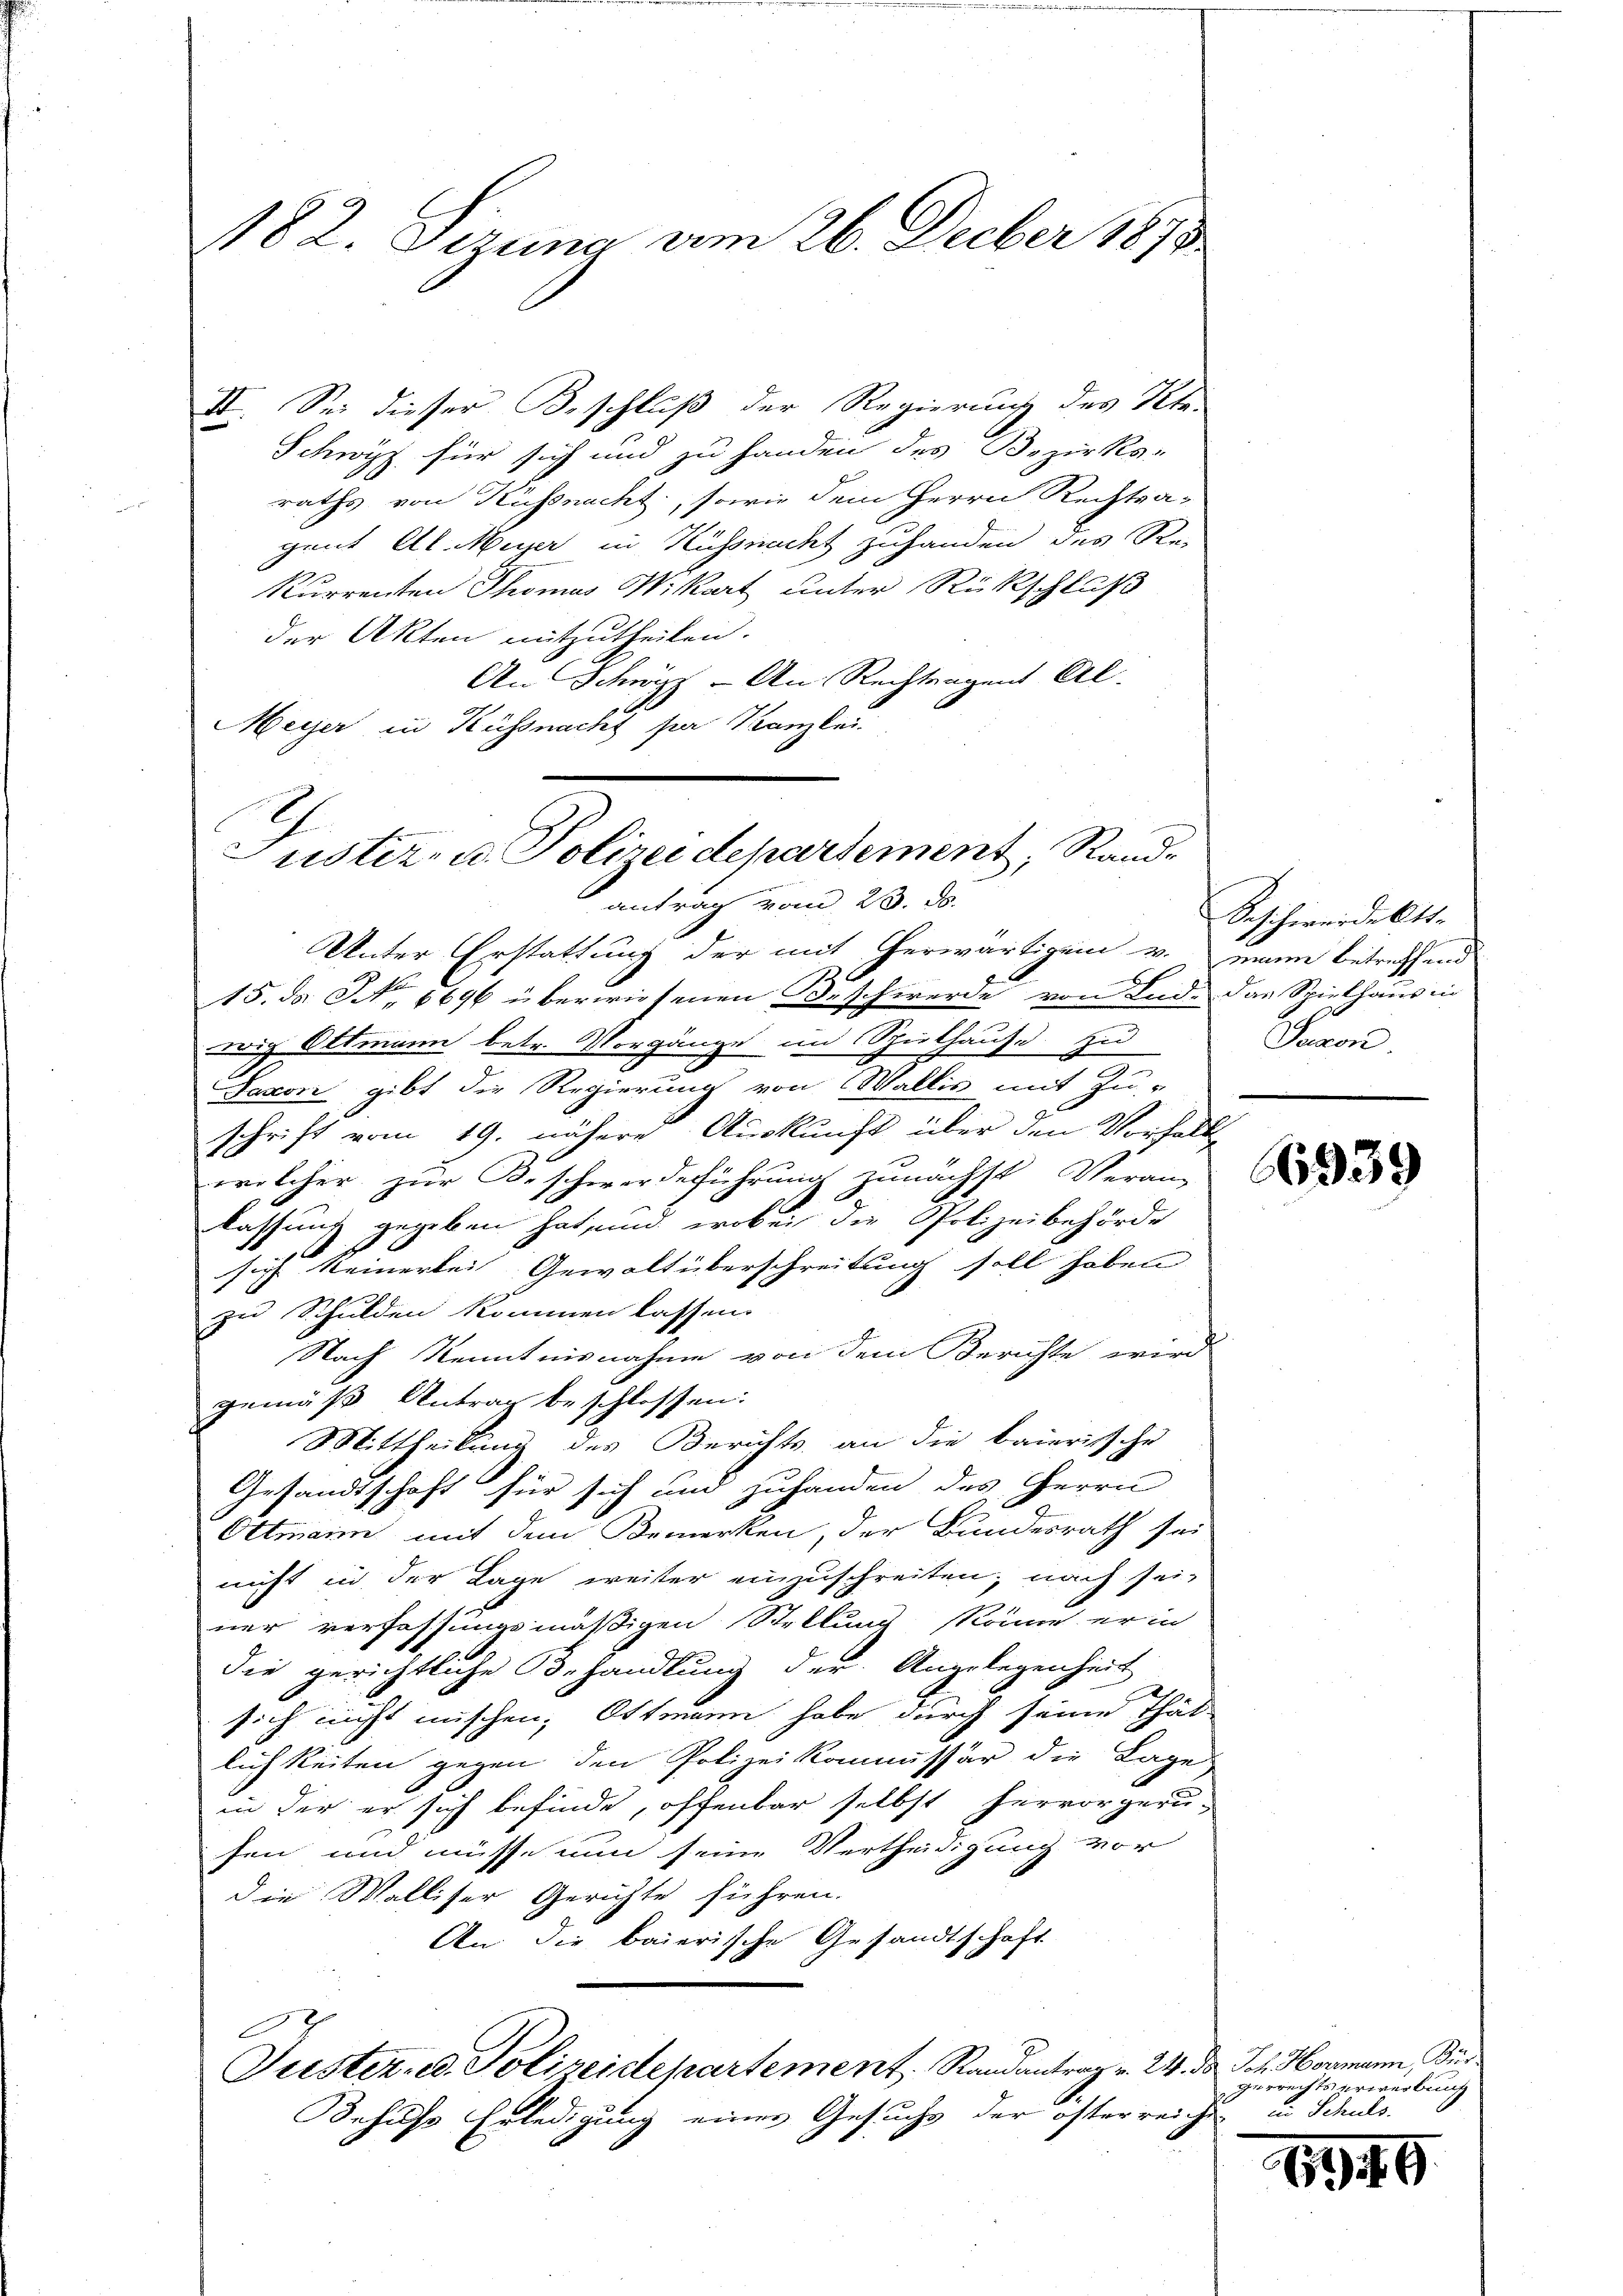
182. Dezuna am 26. Decber 1873

II. Sei dieser Beschluß der Regierung des Pete
Schwyz für sich und zu handen des Bezirks-
raths von Küssnacht, sowie dem Herrn Rechtsa-
gent Al. Muser in Rissendet zuhanden des Re¬
Kurrenten Thomas Wikart unter Rückschluß
der Akten mitzutheilen.
An Schnizz - An Rechtungent Al.
Meyer in Küssnacht sie Kanzlei.

Justiz- u. Polizeidepartement, Randantrag vom 23. ds.

Unter Erstattung der mit erwärtigen v. einen betreffend
15. ds NNo. 6696 überwiesenen Beschwerde von Lud. Das Spielhaus in
wig Ottmann betr. Vorgänge im Spielhause zu
Jaxon gibt die Regierung von Wallis mit Zu-
schrift vom 19. nähere Auskunft über den Vorhalte
welcher zur Beschwerdeführung zunächst Veran-
lassung gegeben hat, und wobei die Polizeibehörde
sich keinerlei Gewaltüberschreitung soll haben
zu Schulden kommen lassen.
Nach Kenntnisnahme von dem Berichte wird
gemäß Antrag beschlossen:
Mittheilung des Berichts an die baierische
Gesandtschaft für sich und zuhanden des Herrn
Ottmann mit dem Bemerken, der Bundesrath sei
nicht in der Lage weiter einzuschreiten, nach seiner verfassungsmäßigen Stellung könne er in
die gerichtliche Behandlung der Angelegenheit
sich nicht mischen, Ottmann habe durch seine Thät
lichkeiten gegen den Polizeikommissär die Lage
in der er sich befinde, offenbar selbst hervorgeru-
fen und müsse nun seine Vertheidigung vor
die Walliser Gerichte führen.
An die baierische Gesandtschaft
E
Tuster ed. Polizeidepartement Randantrag v. 24. ds. Joh. Hormann, Bür¬
Behufs Erledigung einer Gesuche der öfterreichen in Schuls.

Beschwerdekts-
Juson.

66939

gerrechts erwerbung

11949